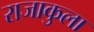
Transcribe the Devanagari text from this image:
राजाकुला